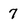
Character: 7